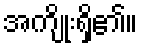
အကျိုးရှိ၏။